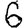
Digit: 6